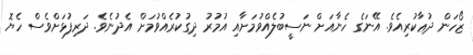
ޒޯހަން ދުޢާކުރިއެވެ. އޭނަގެ ހެނާއަށް ނަސީބުލެއްވުމަށާއި އުމުރު ދިގުކުރެއްވުމަށް އެދުނެވެ. ދަރިފުޅަށްވެސް ހެޔޮ